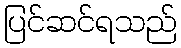
ပြင်ဆင်ရသည်